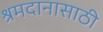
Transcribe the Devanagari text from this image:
श्रमदानासाठी